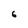
Character: 6